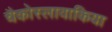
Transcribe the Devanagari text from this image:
चैकोस्लावाकिया